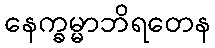
နေက္ခမ္မာဘိရတေန